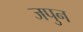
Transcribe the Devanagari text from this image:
जपुन